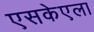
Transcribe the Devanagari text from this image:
एसकेएला